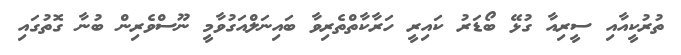
ތުރުކީއާއި ސީރިއާ ގުޅޭ ބޯޑަރު ކައިރީ ހަރާކާތްތެރިވާ ބައިނަލްއަގުވާމީ ނޫސްވެރިން ބުނާ ގޮތުގައި